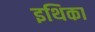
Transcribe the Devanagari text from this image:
इथिका